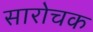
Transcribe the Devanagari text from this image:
सारोचक